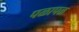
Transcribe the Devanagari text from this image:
पळापळ